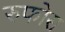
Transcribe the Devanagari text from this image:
रुफोस